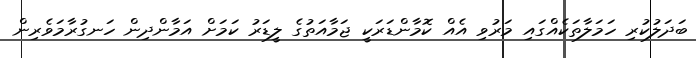
ބަދަލުކުރި ހަމަލާތަކެއްގައި މަރުވި އެއް ކޮމާންޑަރަކީ ޖަމާއަތުގެ ލީޑަރު ކަމަށް އަމާންދިން ހަނގުރާމަވެރިން